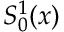
S _ { 0 } ^ { 1 } ( x )